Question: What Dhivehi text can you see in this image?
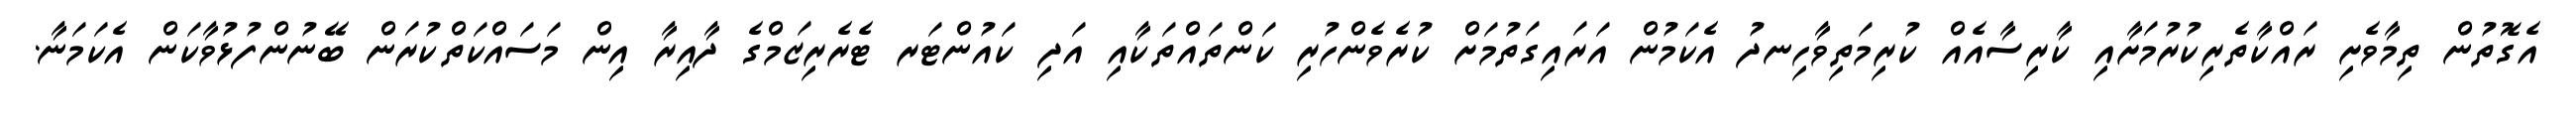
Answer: އެގޮތުން ތިމާވެށި ރައްކާތެރިކުރުމަށާއި ކާރިސާއެއް ކުރިމަތިވާހިނދު އެކަމުން އަރައިގަތުމަށް ކުރެވެންހުރި ކަންތައްތަކާއި އަދި ކައުންޓަރ ޓެރެރިޒަމްގެ ދާއިރާ އިން މަސައްކަތްކުރަން ބޭނުންފުޅުވާކަން އެކަމަނާ.